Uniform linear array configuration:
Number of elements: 32
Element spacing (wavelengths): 0.25
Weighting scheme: blackman
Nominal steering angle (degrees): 0
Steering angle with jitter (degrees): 0.08363
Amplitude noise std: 0.05
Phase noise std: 0.05

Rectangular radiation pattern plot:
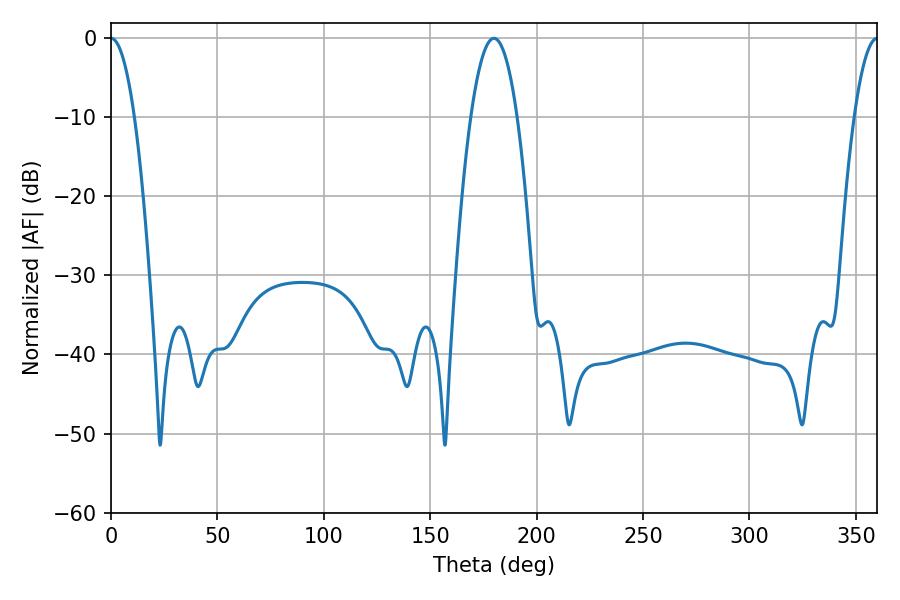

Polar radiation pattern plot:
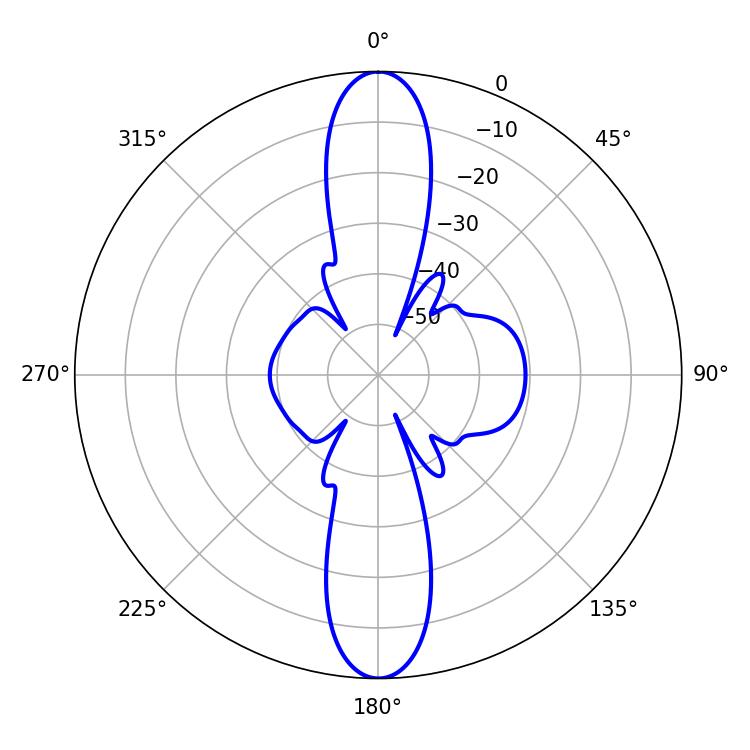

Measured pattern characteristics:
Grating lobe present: FALSE
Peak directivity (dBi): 32.627
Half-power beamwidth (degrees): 6.12
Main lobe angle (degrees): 0